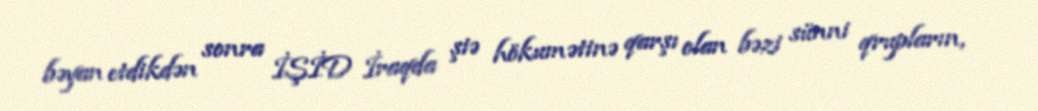
bəyan etdikdən sonra İŞİD İraqda şiə hökumətinə qarşı olan bəzi sünni qrupların,